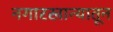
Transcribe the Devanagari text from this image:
नगारखान्यातून